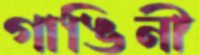
গাঙিনী